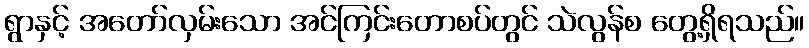
ရွာနှင့် အတော်လှမ်းသော အင်ကြင်းတောစပ်တွင် သဲလွန်စ တွေ့ရှိရသည်။